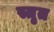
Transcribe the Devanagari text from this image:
स्तृत